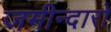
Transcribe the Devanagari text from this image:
जमीन्दारो